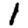
Digit: 1